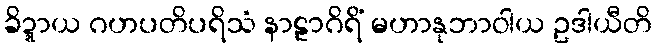
ခိဍ္ဍာယ ဂဟပတိပရိသံ နာဠာဂိရိံ မဟာနုဘာဝါယ ဥဒါယီတိ